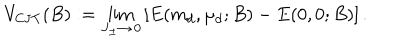
V _ { \mathrm { C J T } } ( B ) : = \lim _ { J _ { \pm } \to \, 0 } \left[ E ( m _ { d } , \mu _ { d } ; B ) - E ( 0 , 0 ; B ) \right] .